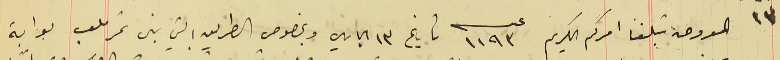
المعروض تبلغنا امركم الكريم عدد ١١٩٣ تاريخ ١٣ الجاري وبخصوص الطريق التي بنى نمر ملعب بوابة